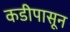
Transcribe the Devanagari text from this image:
कडीपासून